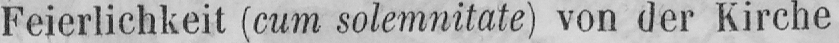
Feierlichkeit (cum solemnitate) von der Kirche